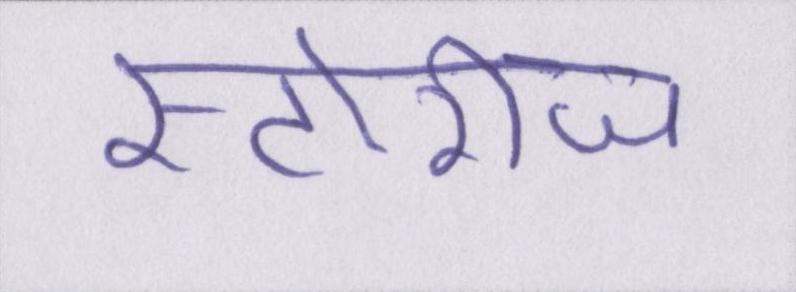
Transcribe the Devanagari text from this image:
स्टोरीज